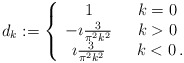
\begin{align*}d_k:=\left\{\begin{array}{ccc} 1 & \,\,\, k=0\, \\ -\imath\frac{3}{\pi^2k^2} & \,\, k>0\\ \imath\frac{3}{\pi^2k^2} &\,\, \,\, k<0\, . \end{array} \right.\end{align*}